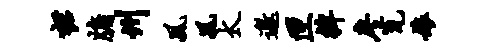
裙牖州风风太邀匣裨廖瓮娘